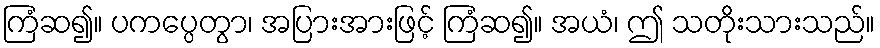
ကြံဆ၍။ ပကပ္ပေတွာ၊ အပြားအားဖြင့် ကြံဆ၍။ အယံ၊ ဤ သတိုးသားသည်။